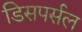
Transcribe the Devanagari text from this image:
डिसपर्सल